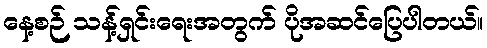
နေ့စဉ် သန့်ရှင်းရေးအတွက် ပိုအဆင်ပြေပါတယ်။